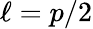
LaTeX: \ell=p/2